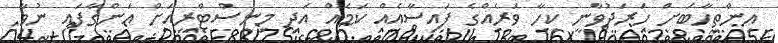
އިންތިހާބަށް ހަރަދުވާނީ ކިހާ ވަރެއްގެ ފައިސާއެއް ކަމެއް އަދި މިނިސްޓްރީއަށް އަންގާފައި ނުވާ